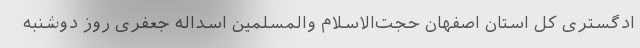
ادگستری کل استان اصفهان حجت‌الاسلام والمسلمین اسداله جعفری روز دوشنبه